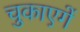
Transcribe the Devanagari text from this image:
चुकाएगें